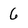
Character: 6